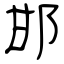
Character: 邯